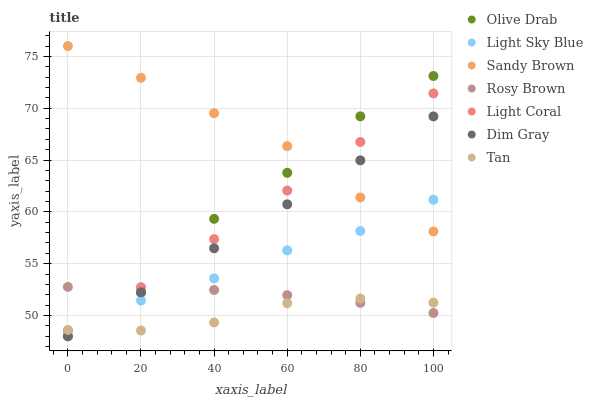
| xaxis_label | Olive Drab | Light Sky Blue | Sandy Brown | Rosy Brown | Light Coral | Dim Gray | Tan |
 | --- | --- | --- | --- | --- | --- | --- | --- |
 | 0 | 48.5 | 48 | 76 | 52.8 | 48 | 48 | 48.6 |
 | 20 | 52.2 | 51.4 | 72.9 | 52.7 | 52.7 | 52.2 | 48.6 |
 | 40 | 59.3 | 53.6 | 69.5 | 52.5 | 57.4 | 56.5 | 49.3 |
 | 60 | 63.8 | 56.3 | 66.3 | 52 | 62.1 | 60.7 | 51.2 |
 | 80 | 69.2 | 58.2 | 61.4 | 51.2 | 66.7 | 65 | 51.6 |
 | 100 | 73.1 | 61.2 | 58.1 | 50.2 | 71.4 | 69.2 | 51.2 |